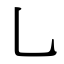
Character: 乚